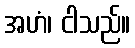
အဟံ၊ ငါသည်။